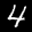
Label: 4